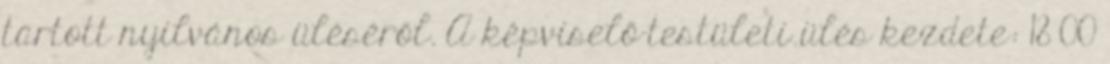
tartott nyilvános üléséről. A képviselő-testületi ülés kezdete: 18 00